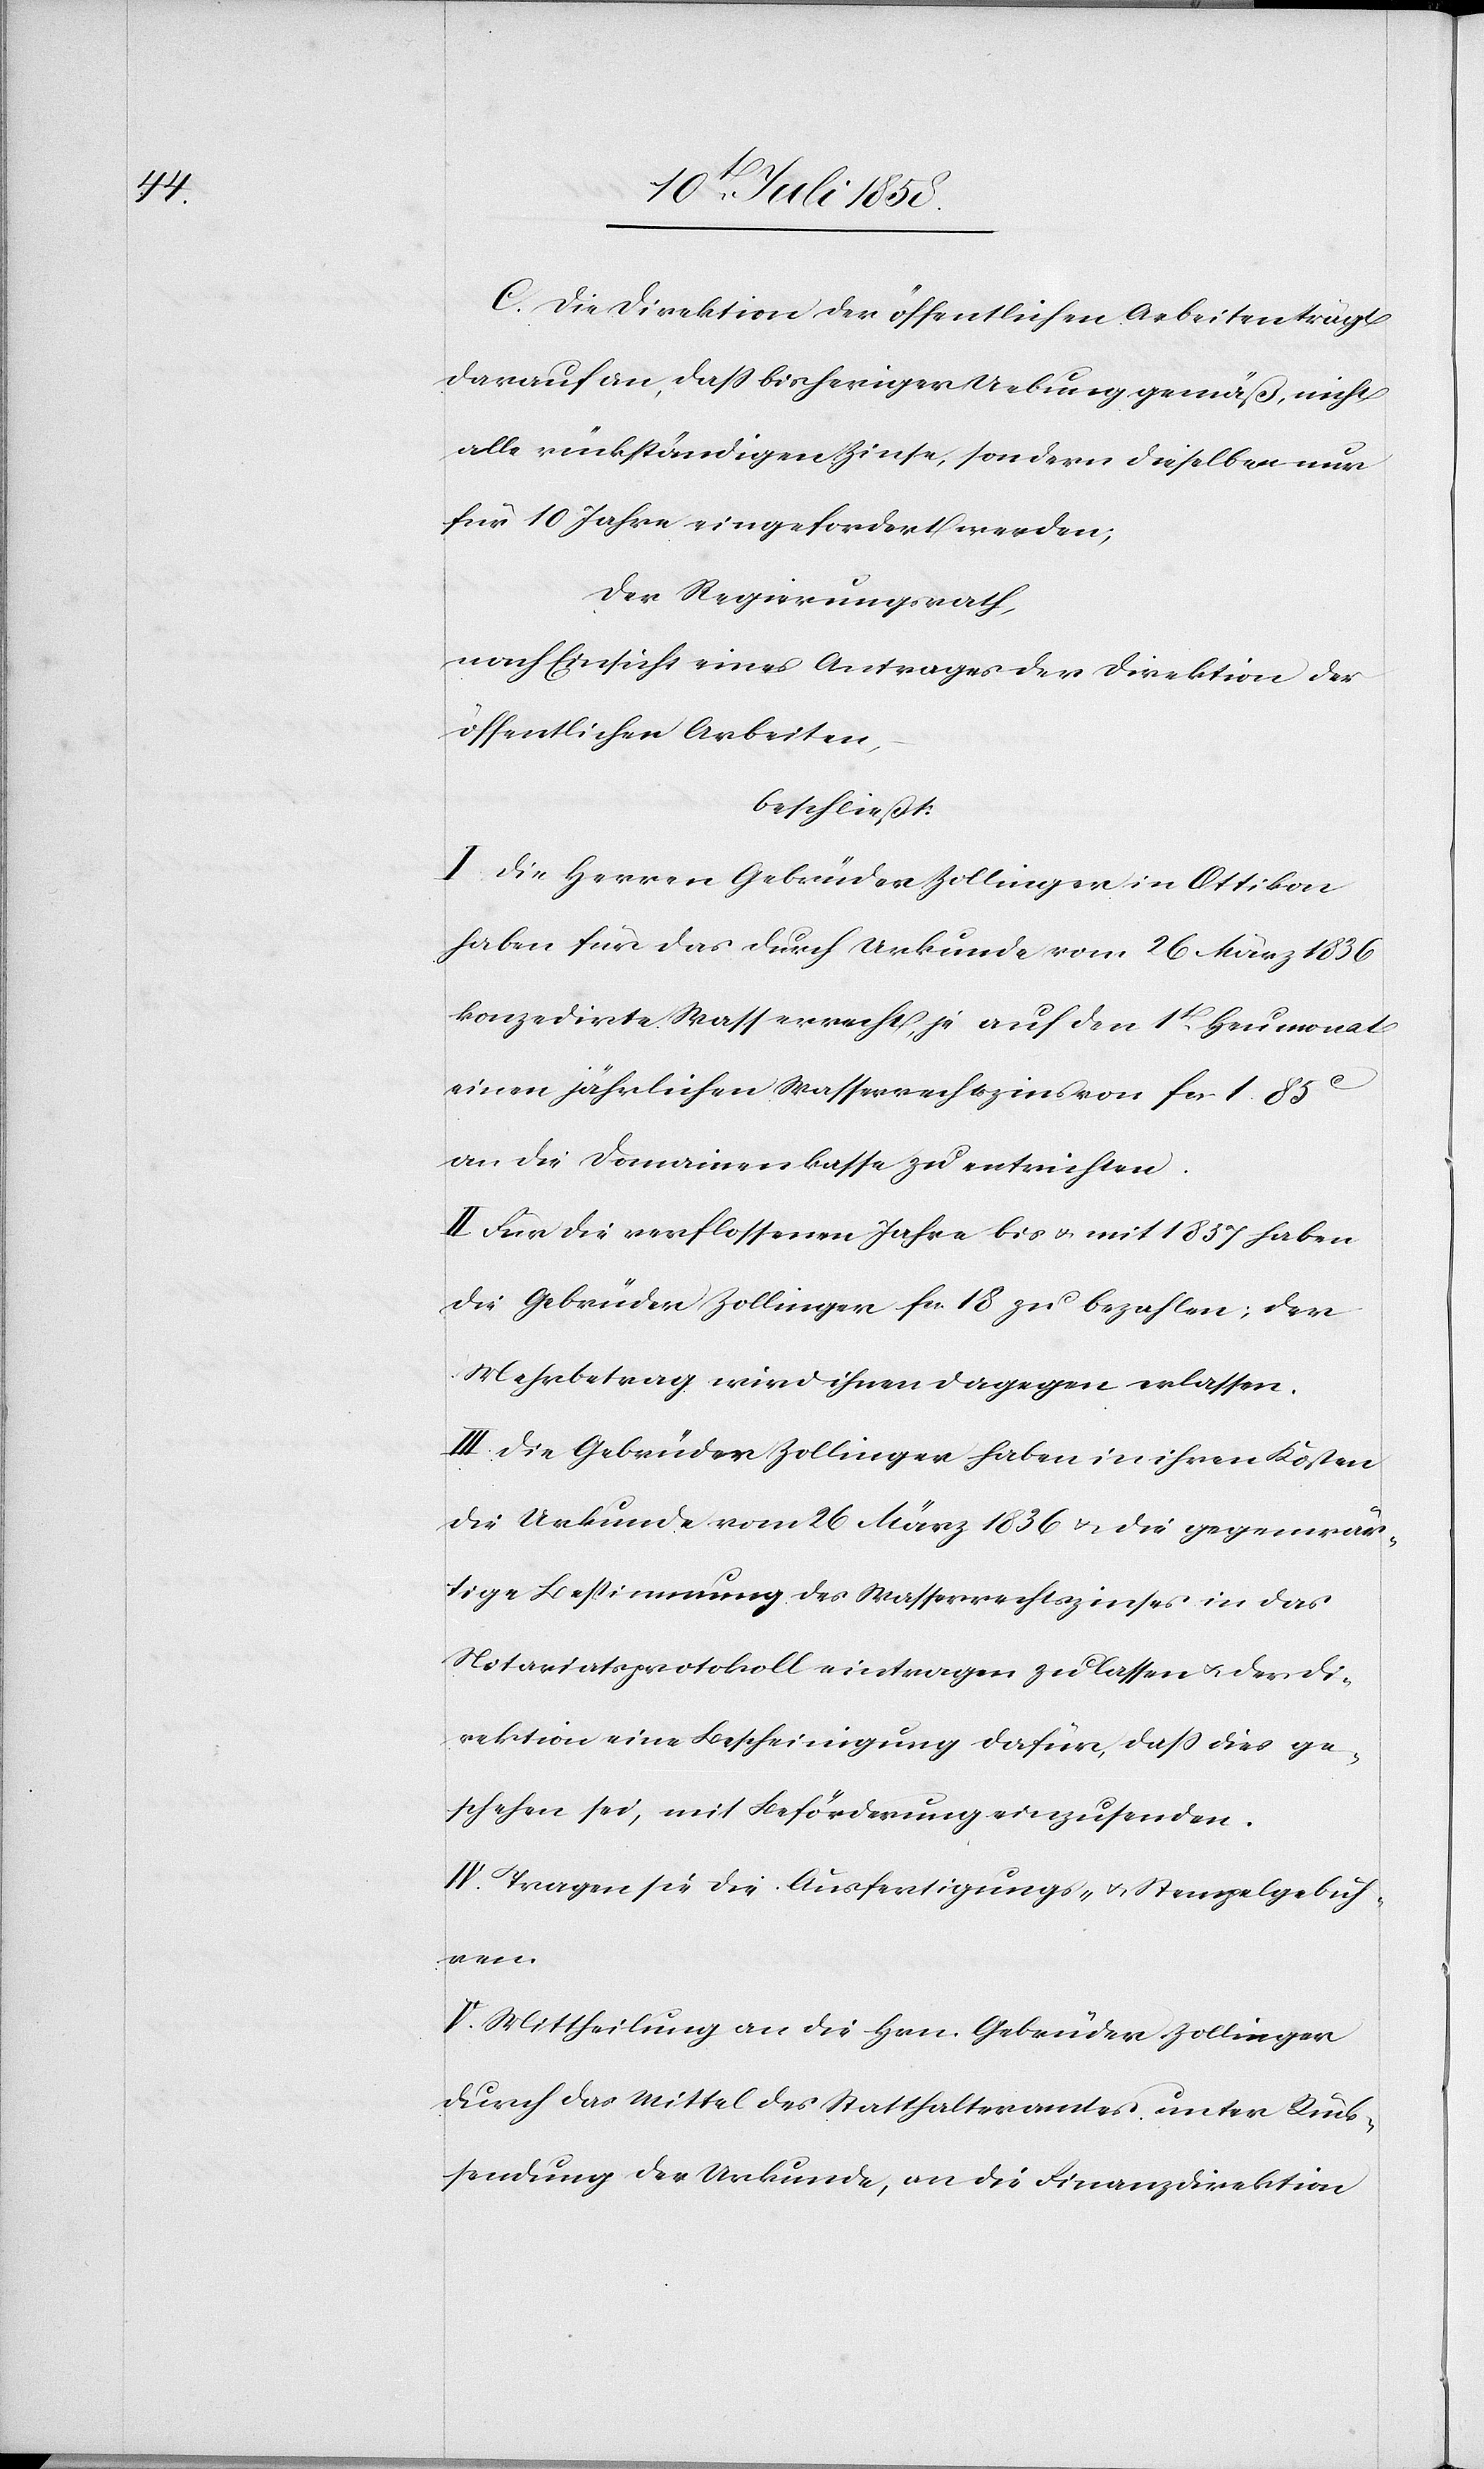
C. Die Direktion der öffentlichen Arbeiten trägt
darauf an, dass bisheriger Uebung gemäß, nicht
alle rückständigen Zinse, sondern dieselben nur
für 10 Jahre eingefordert werden;
Der Regierungsrath,
nach Einsicht eines Antrages der Direktion der
öffentlichen Arbeiten,
beschließt:
I. Die Herren Gebrüder Zollinger in Ottikon
haben für das durch Urkunde vom 26 März 1836
konzedirte Wasserrecht, je auf den 1t Heumonat
einen jährlichen Wasserrechtszins von fcs. 1. 85C
an die Domainenkasse zu entrichten.
II. Für die verflossenen Jahre bis & mit 1857 haben
die Gebrüder Zollinger fcs. 18 zu bezahlen; der
Mehrbetrag wird ihnen dagegen erlassen.
III. Die Gebrüder Zollinger haben in ihren Kosten
die Urkunde vom 26 März 1836 & die gegenwär¬
tige Bestimmung des Wasserrechtszinses in das
Notariatsprotokoll eintragen zu lassen & der Di¬
rektion eine Bescheinigung dafür, dass dies ge¬
schehen sei, mit Beförderung einzusenden.
IV. Tragen sie die Ausfertigungs- & Stempelgebüh¬
ren.
V. Mittheilung an die Hrn. Gebrüder Zollinger
durch das Mittel des Statthalteramtes unter Rück¬
sendung der Urkunde, an die Finanzdirektion